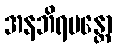
အနဘိရမန္တော